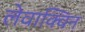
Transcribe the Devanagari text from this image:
लेवाक्विन